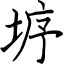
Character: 垿